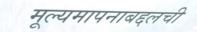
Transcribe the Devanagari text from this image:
मूल्यमापनाबद्दलची